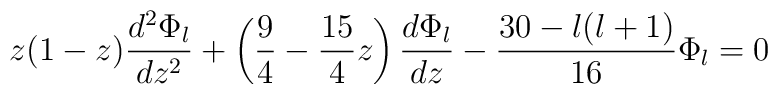
z(1-z) \frac{d^2\Phi_{{l} }}{dz^2} + \left(\frac 94 - \frac{15}{4}z\right)\frac{d\Phi_{{l}}}{dz} - \frac{30-l(l+1)}{16} \Phi_{{l}} = 0